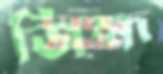
জিহ্ম